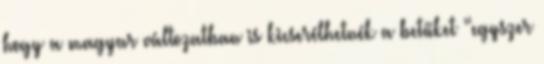
hogy a magyar változatban is kicserélhetnék a betűket “egyszer